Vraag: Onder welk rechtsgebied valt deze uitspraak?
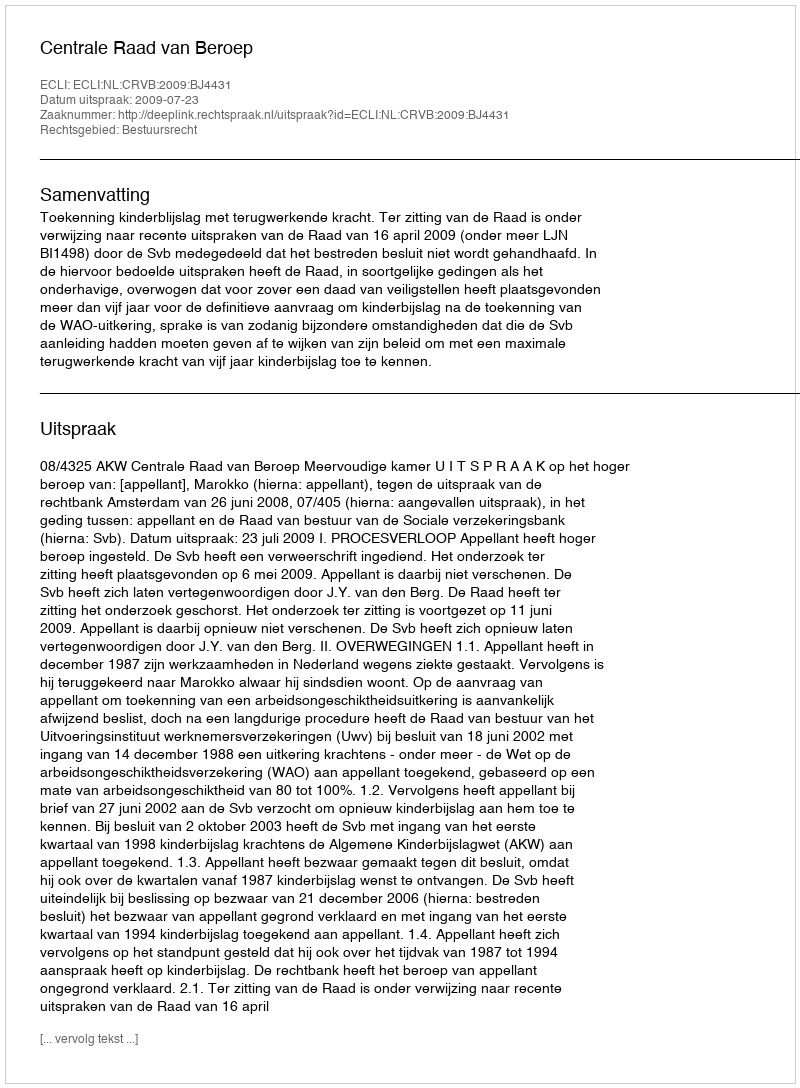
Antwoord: Bestuursrecht